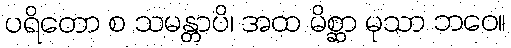
ပရိတော စ သမန္တာပိ၊ အထ မိစ္ဆာ မုသာ ဘဝေ။